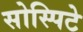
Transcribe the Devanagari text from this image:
सोस्पिटे